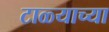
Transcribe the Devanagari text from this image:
टाळ्याच्या